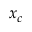
x _ { c }